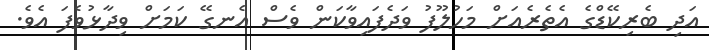
އަދި ބެރިކޭޑްގެ އެތެރެއަށް މަހުލޫފު ވަދެފައިވާކަން ވެސް އެނގޭ ކަމަށް ވިދާޅުވެފަ އެވެ.